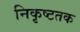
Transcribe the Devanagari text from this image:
निकृष्टतक